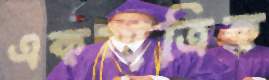
একমাত্রিক